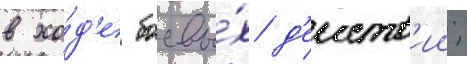
в хо́д'е боевы́х д'еиств'ии;